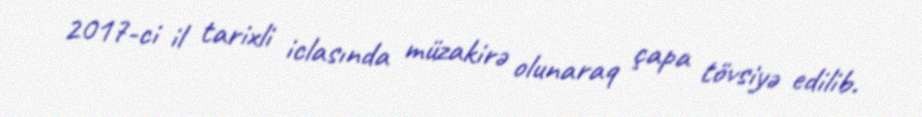
2017-ci il tarixli iclasında müzakirə olunaraq çapa tövsiyə edilib.